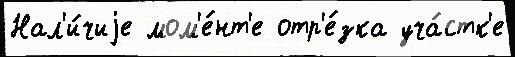
Нал'и́чиjе мом'е́нт'е отр'е́зка уча́стк'е